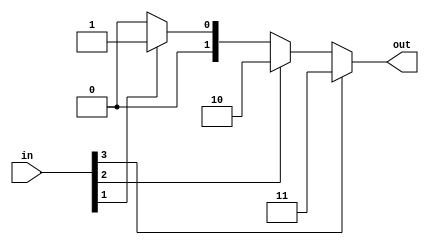
module priority_encoder_4to2 (
    input [3:0] in,
    output [1:0] out
);

assign out = (in[3]) ? 2'b11 :
            (in[2]) ? 2'b10 :
            (in[1]) ? 2'b01 :
            (in[0]) ? 2'b00 :
            2'b00;

endmodule